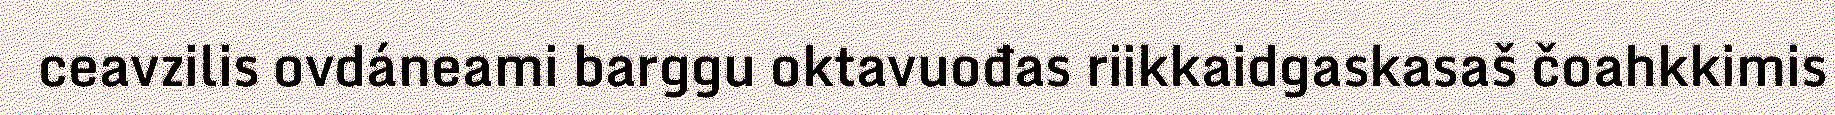
ceavzilis ovdáneami barggu oktavuođas riikkaidgaskasaš čoahkkimis